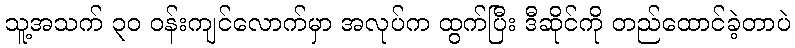
သူ့အသက် ၃၀ ဝန်းကျင်လောက်မှာ အလုပ်က ထွက်ပြီး ဒီဆိုင်ကို တည်ထောင်ခဲ့တာပဲ